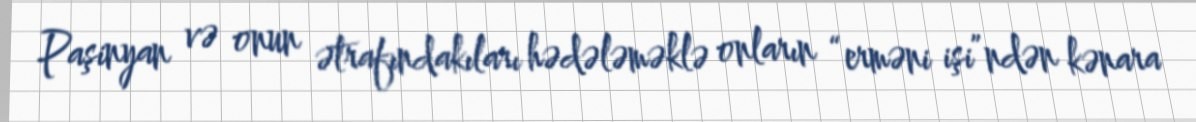
Paşinyan və onun ətrafındakıları hədələməklə onların “erməni işi”ndən kənara